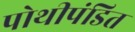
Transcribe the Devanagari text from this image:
पोथीपंडित